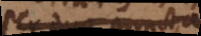
per duo puncta